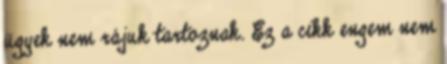
ügyek nem rájuk tartoznak. Ez a cikk engem nem